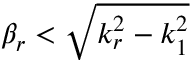
\beta _ { r } < \sqrt { k _ { r } ^ { 2 } - k _ { 1 } ^ { 2 } }